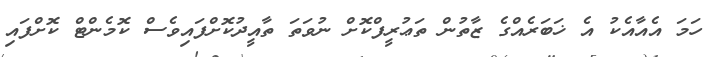
ހަމަ އެއާއެކު އެ ޚަބަރެއްގެ ޒާތުން ތަޢުރީފްކޮށް ނުވަތަ ތާއީދުކޮށްފައިވެސް ކޮމެންޓް ކޮށްފައި